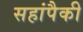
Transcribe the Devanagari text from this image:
सहांपैकी